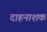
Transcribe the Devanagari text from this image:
दाहनाशक